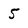
Character: 5